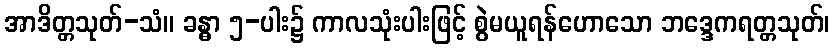
အာဒိတ္တသုတ်-သံ။ ခန္ဓာ ၅-ပါး၌ ကာလသုံးပါးဖြင့် စွဲမယူရန်ဟောသော ဘဒ္ဒေကရတ္တသုတ်၊